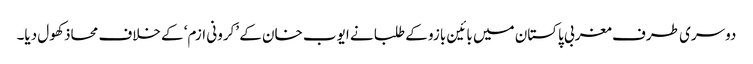
دوسری طرف مغربی پاکستان میں بائین بازو کے طلبا نے ایوب خان کے ’کرونی ازم‘ کے خلاف محاذ کھول دیا۔